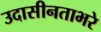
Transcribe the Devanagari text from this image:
उदासीनताभरे